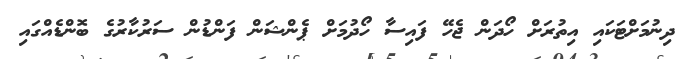
ދިނުމަށްޓަކައި އިތުރަށް ހޯދަން ޖެހޭ ފައިސާ ހޯދުމަށް ޕެންޝަން ފަންޑުން ސަރުކާރުގެ ބޮންޑެއްގައި